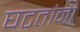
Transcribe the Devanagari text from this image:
घटतांना